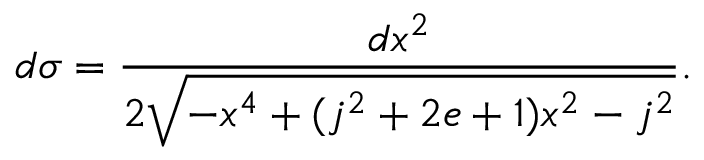
d \sigma = \frac { d x ^ { 2 } } { 2 \sqrt { - x ^ { 4 } + ( j ^ { 2 } + 2 e + 1 ) x ^ { 2 } - j ^ { 2 } } } .